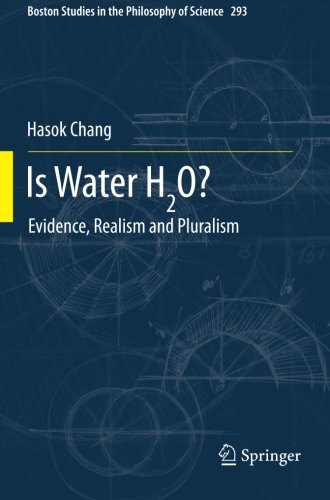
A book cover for Is Water H2O?: Evidence, Realism and Pluralism (Boston Studies in the Philosophy and History of Science); Hasok Chang; Science & Math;